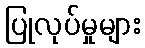
ပြုလုပ်မှုများ